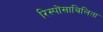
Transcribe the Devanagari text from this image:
रिस्पोंसाबिलिता